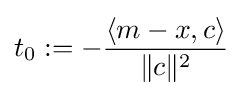
t_{0}:=-{\frac {\langle m-x,c\rangle }{\|c\|^{2}}}